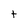
Character: t